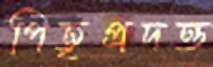
পিতৃপ্রদত্ত